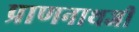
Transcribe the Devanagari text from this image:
प्राणनाथजी